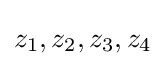
z_{1},z_{2},z_{3},z_{4}